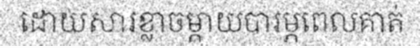
ដោយសារខ្លាចម្តាយបារម្ភពេលគាត់